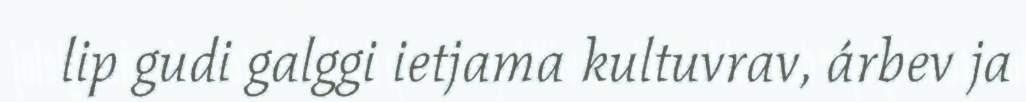
lip gudi galggi ietjama kultuvrav, árbev ja